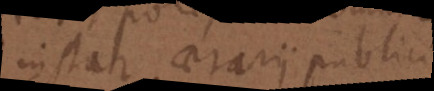
instar aerarii publici,